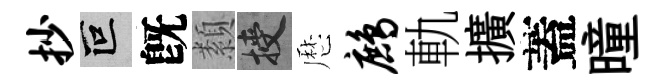
抄叵旣纇授厯鹧軌擴蓋曈